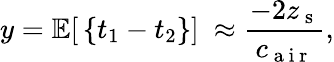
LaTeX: y=\mathbb{E}[\, \{ t_{1}-t_{2}\} ]\ \approx\frac{-2z_{\mathrm{~s~}}}{c_{\mathrm{~a~i~r~}}},